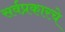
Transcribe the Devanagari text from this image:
सर्वप्रकारचे